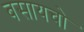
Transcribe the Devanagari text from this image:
बसायचो